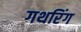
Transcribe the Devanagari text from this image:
गथरिंग